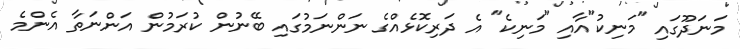
މަނަދޫގައި "މަނިކު"އާއި "މަނިކެ" އެ ދަރިކޮޅެއްގެ ނަންނަމުގައި ބޭނުން ކުރަމުން އަންނަތާ އެންމެ